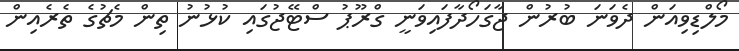
މޯލްޑިވިއަން ދެވަނަ ބުރުން ޖާގަހޯދާފައިވަނީ ގްރޫޕު ސްޓޭޖުގައި ކުޅުނު ތިން މެޗުގެ ތެރެއިން